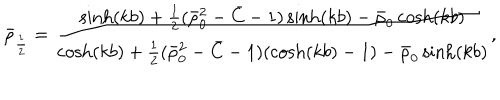
\bar { \rho } _ { \frac 1 2 } = \frac { \sinh ( k b ) + \frac 1 2 ( \bar { \rho } _ { 0 } ^ { 2 } - \bar { C } - 1 ) \sinh ( k b ) - \bar { \rho } _ { 0 } \cosh ( k b ) } { \cosh ( k b ) + \frac 1 2 ( \bar { \rho } _ { 0 } ^ { 2 } - \bar { C } - 1 ) ( \cosh ( k b ) - 1 ) - \bar { \rho } _ { 0 } \sinh ( k b ) } ,